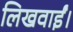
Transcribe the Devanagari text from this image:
लिखवाईं।